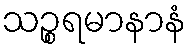
သဉ္စရမာနာနံ